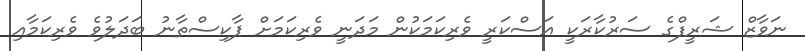
ނަވާޒް ޝަރީފްގެ ސަރުކާރަކީ އަސްކަރީ ވެރިކަމަކުން މަދަނީ ވެރިކަމަށް ޕާކިސްތާނު ބަދަލުވެ ވެރިކަމާއި